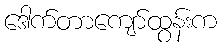
ဒေါက်တာကျော်ထွန်းက